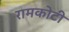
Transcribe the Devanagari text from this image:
रामकोटी